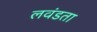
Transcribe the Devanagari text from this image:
लवंडता